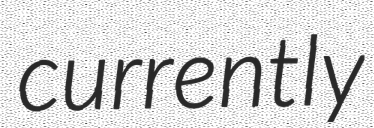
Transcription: currently